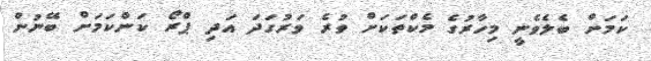
ކަމަށް ބެލެވެނީ މިހާރުގެ މެކްތަކަށް ވުރެ ވަރުގަދަ އަދި ޕްރޯ ކަންކަމަށް ބޭނުން